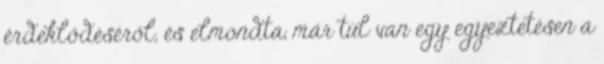
érdeklődéséről, és elmondta, már túl van egy egyeztetésen a